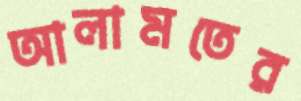
আলামতের